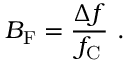
B _ { \mathrm { F } } = { \frac { \Delta f } { f _ { \mathrm { C } } } } \ .